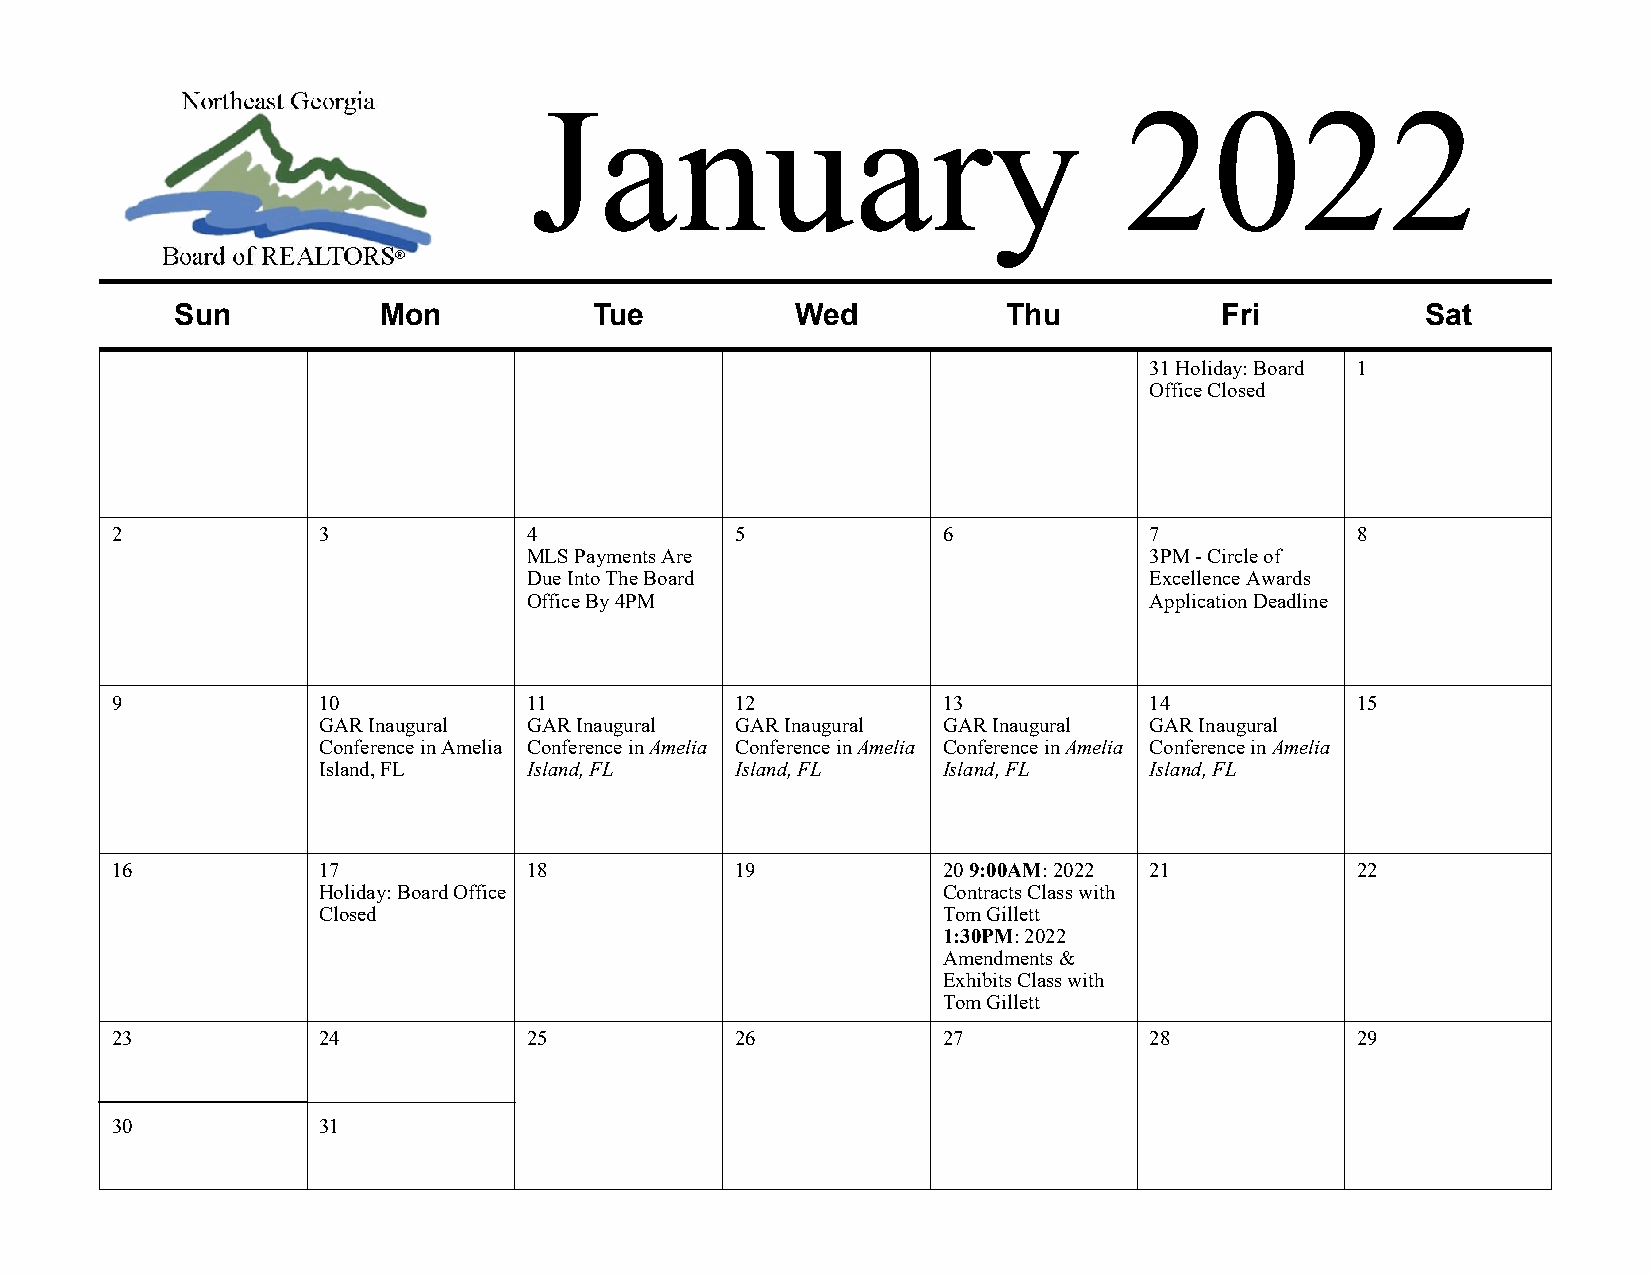
January                                2022
 Sun          Mon           Tue           Wed           Thu           Fri          Sat
 31 Holiday: Board 1
 Office Closed
 2             3             4             5            6             7             8
 MLS Payments Are                         3PM - Circle of
 Due Into The Board                       Excellence Awards
 Office By 4PM                            Application Deadline
 9             10            11            12           13            14            15
 GAR Inaugural GAR Inaugural GAR Inaugural GAR Inaugural GAR Inaugural
 Conference in Amelia Conference in Amelia Conference in Amelia Conference in Amelia Conference in Amelia
 Island, FL    Island, FL    Island, FL   Island, FL    Island, FL
 16            17            18            19           20 9:00AM: 2022 21          22
 Holiday: Board Office                    Contracts Class with
 Closed                                   Tom Gillett
 1:30PM: 2022
 Amendments &
 Exhibits Class with
 Tom Gillett
 23            24            25            26           27            28            29
 30            31